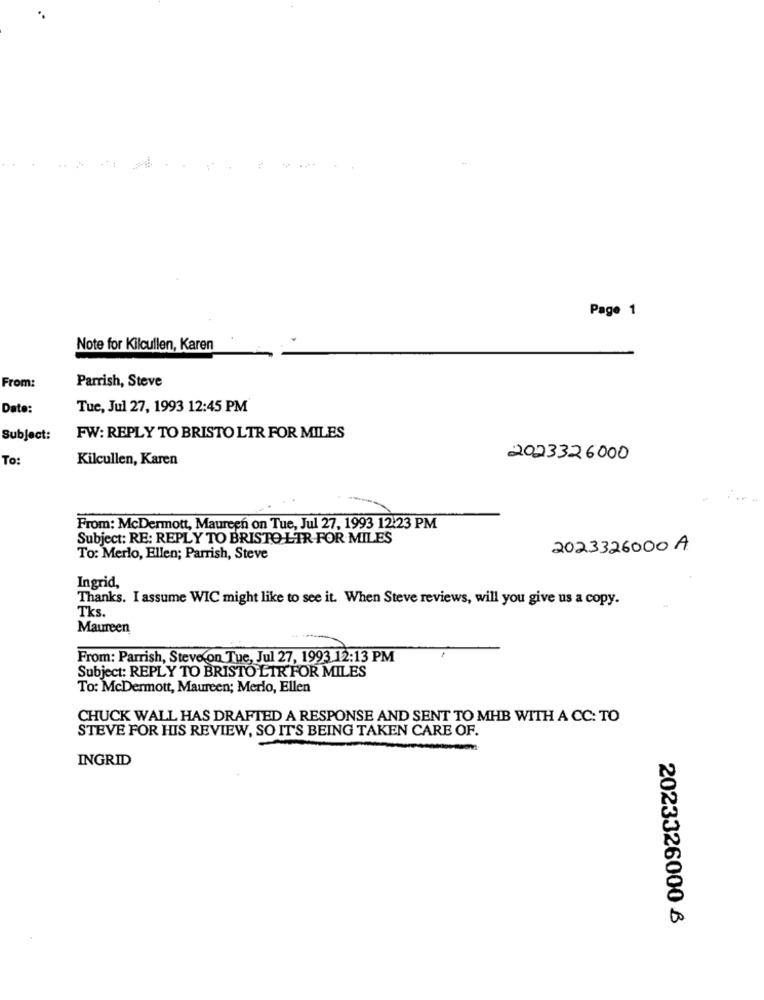
Page 1
Note for Kilcullen, Karen
From:
Parrish, Steve
Date:
Tue, Jul 27, 1993 12:45 PM
Subject:
FW: REPLY TO BRISTO LTR FOR MILES
To:
Kilcullen, Karen
2023326000
From: McDermott, Maureen on Tue, Jul 27, 1993 12:23 PM
Subject: RE: REPLY TO BRISTO LIR-FOR MILES
2023326000 A
To: Merlo, Ellen; Parrish, Steve
Ingrid,
Thanks. I assume WIC might like to see it. When Steve reviews, will you give us a copy.
Tks.
Maureen
From: Parrish, Steve on Tue, Jul 27, 1993 12:13 PM
Subject: REPLY TO BRISTO LIR FOR MILES
To: McDermott, Maureen; Merlo, Ellen
CHUCK WALL HAS DRAFTED A RESPONSE AND SENT TO MHB WITH A CC: TO
STEVE FOR HIS REVIEW, SO IT'S BEING TAKEN CARE OF.
INGRID
2023326000 6